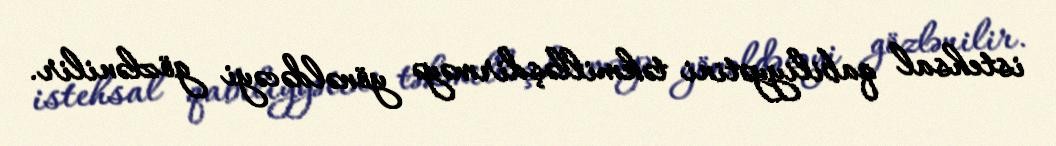
istehsal qabiliyyətini təkmilləşdirməyə yönəldəcəyi gözlənilir.